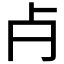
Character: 𣦵